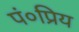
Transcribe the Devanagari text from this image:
पं०प्रिय